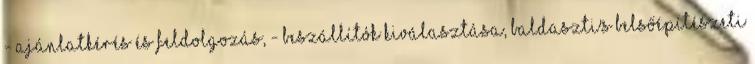
- ajánlatkérés és feldolgozás, - beszállítók kiválasztása, Baldaszti's belsőépítészeti